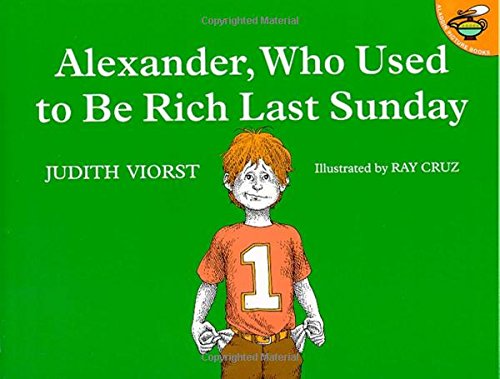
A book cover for Alexander, Who Used to Be Rich Last Sunday; Judith Viorst; Children's Books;